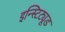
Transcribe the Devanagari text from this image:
इन्स्टिट्यूड